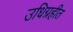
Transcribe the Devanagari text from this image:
उधिग्रहीत